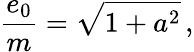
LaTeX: \frac{e_{0}}{m}=\sqrt{1+a^{2}}\, ,